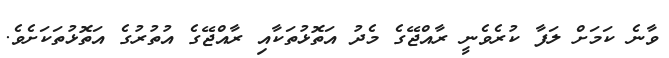
ވާނެ ކަމަށް ލަފާ ކުރެވެނީ ރާއްޖޭގެ މެދު އަތޮޅުތަކާއި ރާއްޖޭގެ އުތުރުގެ އަތޮޅުތަކަށެވެ.